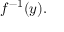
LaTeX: f ^ { - 1 } ( y ) .